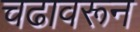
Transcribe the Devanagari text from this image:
चढावरून